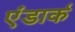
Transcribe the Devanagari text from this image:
एंडार्क